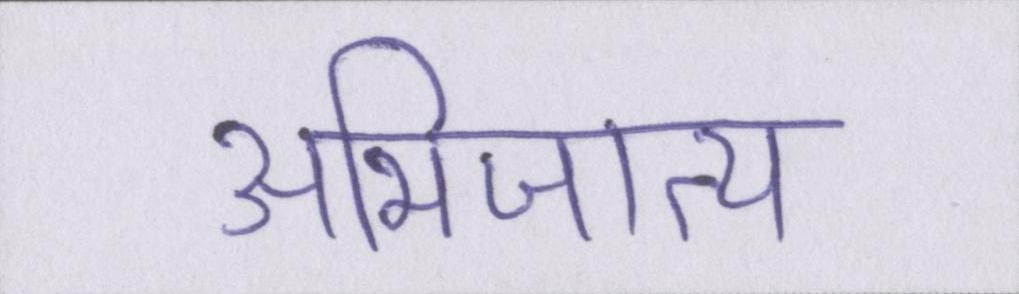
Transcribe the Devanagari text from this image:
अभिजात्य